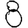
Digit: 8